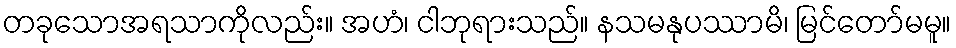
တခုသောအရသာကိုလည်း။ အဟံ၊ ငါဘုရားသည်။ နသမနုပဿာမိ၊ မြင်တော်မမူ။